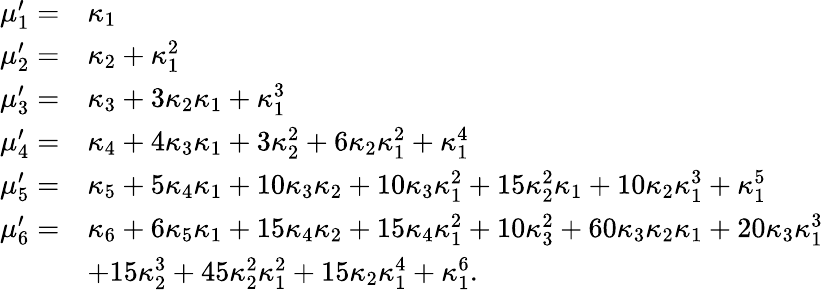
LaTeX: {\begin{array}{rl}{\mu_{1}^{\prime}=}&{\kappa_{1}}\\ {\mu_{2}^{\prime}=}&{\kappa_{2}+\kappa_{1}^{2}}\\ {\mu_{3}^{\prime}=}&{\kappa_{3}+3\kappa_{2}\kappa_{1}+\kappa_{1}^{3}}\\ {\mu_{4}^{\prime}=}&{\kappa_{4}+4\kappa_{3}\kappa_{1}+3\kappa_{2}^{2}+6\kappa_{2}\kappa_{1}^{2}+\kappa_{1}^{4}}\\ {\mu_{5}^{\prime}=}&{\kappa_{5}+5\kappa_{4}\kappa_{1}+10\kappa_{3}\kappa_{2}+10\kappa_{3}\kappa_{1}^{2}+15\kappa_{2}^{2}\kappa_{1}+10\kappa_{2}\kappa_{1}^{3}+\kappa_{1}^{5}}\\ {\mu_{6}^{\prime}=}&{\kappa_{6}+6\kappa_{5}\kappa_{1}+15\kappa_{4}\kappa_{2}+15\kappa_{4}\kappa_{1}^{2}+10\kappa_{3}^{2}+60\kappa_{3}\kappa_{2}\kappa_{1}+20\kappa_{3}\kappa_{1}^{3}}\\ &{+15\kappa_{2}^{3}+45\kappa_{2}^{2}\kappa_{1}^{2}+15\kappa_{2}\kappa_{1}^{4}+\kappa_{1}^{6}.}\end{array}}